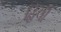
હિલી